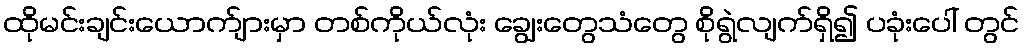
ထိုမင်းချင်းယောက်ျားမှာ တစ်ကိုယ်လုံး ချွေးတွေသံတွေ စိုရွဲလျက်ရှိ၍ ပခုံးပေါ် တွင်